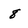
Character: 8